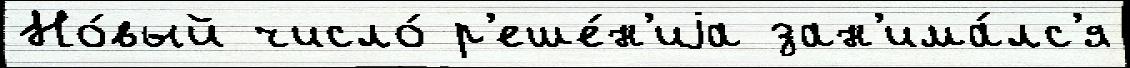
Но́вый число́ р'еше́н'иjа зан'има́лс'я